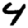
Digit: 4